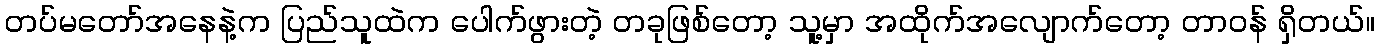
တပ်မတော်အနေနဲ့က ပြည်သူထဲက ပေါက်ဖွားတဲ့ တခုဖြစ်တော့ သူ့မှာ အထိုက်အလျောက်တော့ တာဝန် ရှိတယ်။